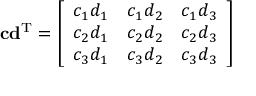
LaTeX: \mathbf { c } \mathbf { d } ^ { \mathrm { T } } = { \left[ \begin{array} { l l l } { c _ { 1 } d _ { 1 } } & { c _ { 1 } d _ { 2 } } & { c _ { 1 } d _ { 3 } } \\ { c _ { 2 } d _ { 1 } } & { c _ { 2 } d _ { 2 } } & { c _ { 2 } d _ { 3 } } \\ { c _ { 3 } d _ { 1 } } & { c _ { 3 } d _ { 2 } } & { c _ { 3 } d _ { 3 } } \end{array} \right] }